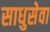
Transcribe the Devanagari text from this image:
साधुसेवा